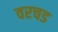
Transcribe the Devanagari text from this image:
वरचड